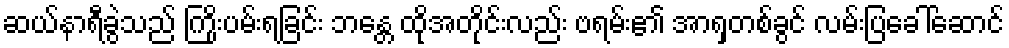
ဆယ်နာရီခွဲသည် ကြိုးပမ်းရခြင်း ဘန္တေ ထိုအတိုင်းလည်း ဗရမ်း၏ အာရှတစ်ခွင် လမ်းပြခေါ်ဆောင်